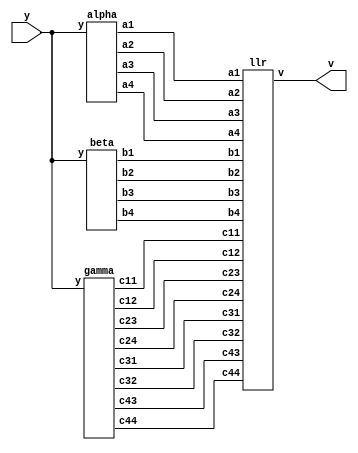
module MAP(y,v);
input [1:0]y;
output v;
wire signed[2:0]a1,a2,a3,a4,b1,b2,b3,b4,c11,c12,c23,c24,c31,c32,c43,c44;
gamma g1(y,c11,c12,c23,c24,c31,c32,c43,c44);
beta h1(y,b1,b2,b3,b4);
alpha d1(y,a1,a2,a3,a4);
llr k1(a1,a2,a3,a4,b1,b2,b3,b4,c11,c12,c23,c24,c31,c32,c43,c44,v);
endmodule 



module gamma (y,c11,c12,c23,c24,c31,c32,c43,c44);
input  [1:0]y;
output signed[2:0]c11;
output signed[2:0]c12,c23,c24,c31,c32,c43,c44;
       assign c11 =  -y[1]-y[0];
       assign c12 =  y[1]+y[0];
       assign c23 =  y[1] - y[0];
       assign c24 =  y[0] - y[1];
       assign c31 =  y[1]+y[0];
       assign c32 =  -y[1]-y[0];
       assign c43 =  y[0]-y[1];
       assign c44 =  y[1]-y[0];         
endmodule

module beta(y,b1,b2,b3,b4);
input [1:0]y;
output signed[2:0]b1,b2,b3,b4;
assign b1 = 3'b001;
assign b2 = 3'b000;
assign b3 = 3'b000;
assign b4 = 3'b000;
endmodule 

module alpha(y,a1,a2,a3,a4);
input [1:0]y;
output signed[2:0]a1,a2,a3,a4;
assign a1 = 3'b001;
assign a2 = 3'b000;
assign a3 = 3'b000;
assign a4 = 3'b000;
endmodule  

module llr(
input signed[2:0]a1,a2,a3,a4,b1,b2,b3,b4,c11,c12,c23,c24,c31,c32,c43,c44,
output v
);
wire signed[3:0]w11,w12,w23,w24,w31,w32,w43,w44,l1,l0;
assign w11 = a1 + c11 + b1;
assign w12 = a1 + c12 + b2;
assign w23 = a2 + c23 + b3;
assign w24 = a2 + c24 + b4;
assign w31 = a3 + c31 + b1;
assign w32 = a3 + c32 + b2;
assign w43 = a4 + c43 + b3;
assign w44 = a4 + c44 + b4;
maximum m1(w11,w23,w31,w43,l0);
maximum m2(w12,w24,w32,w44,l1);
cmp c1(l1,l0,v);
endmodule 

module maximum(a,b,c,d,e);
input signed[3:0] a,b,c,d;
output signed[3:0]e;
wire signed[3:0]s1,s2;
max m3(a,b,s1);
max m4(s1,c,s2);
max m5(s2,d,e); 
endmodule

module  max(g,h,i);
input signed[3:0]g,h;
output reg signed [3:0]i;
always @ (g or h)
        begin 
                if (g > h)begin 
                    i = g;
                end 
                else begin 
                    i = h;
                end
        end
endmodule

module cmp(j,k,l);
input signed[3:0]j,k;
output reg l;
always @(j or k)
begin 
        if (j<k)begin 
            l = 0;
        end 
        else begin 
            l = 1;
        end
     end
endmodule